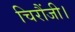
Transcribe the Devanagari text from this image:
चिरौंजी।